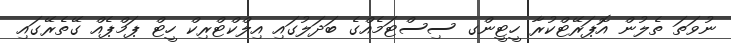
ނުވަތަ ތެލުން އޮޕަރޭޓްކުރާ ހީޓީންގ ސިސްޓަމެއްގެ ބަދަލުގައި އިލްކްޓްރިކް ހީޓް ޕަމްޕެއް ގޭތެރޭގައި